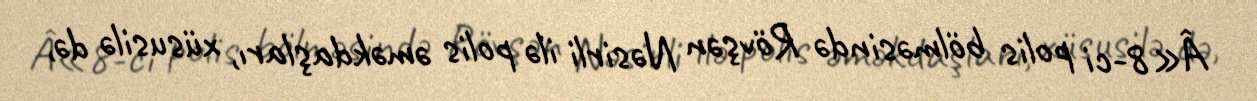
Â«8-ci polis bölməsində Rövşən Nəsirli ilə polis əməkdaşları, xüsusilə də,